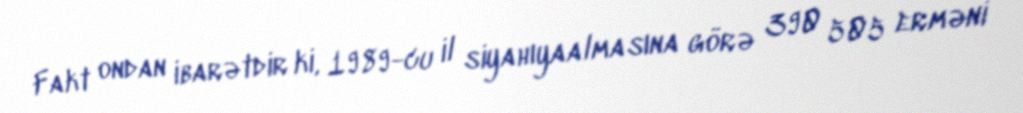
Fakt ondan ibarətdir ki, 1989-cu il siyahıyaalmasına görə 390 505 erməni